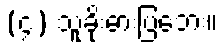
(၄) သူခိုးဓားပြဘေး။